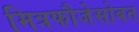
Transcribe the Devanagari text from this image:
मित्रफौजेसोबत